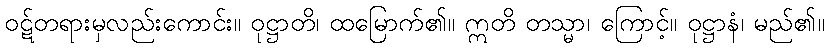
ဝဋ်တရားမှလည်းကောင်း။ ဝုဋ္ဌာတိ၊ ထမြောက်၏။ ဣတိ တသ္မာ၊ ကြောင့်။ ဝုဋ္ဌာနံ၊ မည်၏။